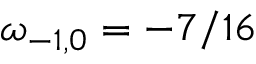
\omega _ { - 1 , 0 } = - 7 / 1 6